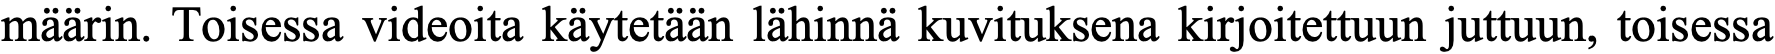
määrin. Toisessa videoita käytetään lähinnä kuvituksena kirjoitettuun juttuun, toisessa